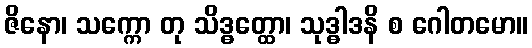
ဇိနော၊ သက္ကော တု သိဒ္ဓတ္ထော၊ သုဒ္ဓါဒနိ စ ဂေါတမော။